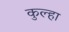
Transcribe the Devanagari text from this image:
कुल्हा